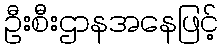
ဦးစီးဌာနအနေဖြင့်